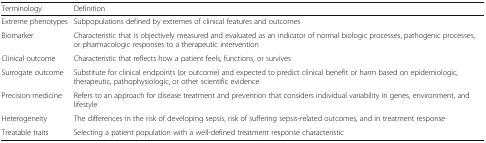
<table><thead><tr><td><b>Terminology</b></td><td><b>Definition</b></td></tr></thead><tbody><tr><td>Extreme phenotypes</td><td>Subpopulations defined by extremes of clinical features and outcomes</td></tr><tr><td>Biomarker</td><td>Characteristic that is objectively measured and evaluated as an indicator of normal biologic processes, pathogenic processes, or pharmacologic responses to a therapeutic intervention</td></tr><tr><td>Clinical outcome</td><td>Characteristic that reflects how a patient feels, functions, or survives</td></tr><tr><td>Surrogate outcome</td><td>Substitute for clinical endpoints (or outcome) and expected to predict clinical benefit or harm based on epidemiologic, therapeutic, pathophysiologic, or other scientific evidence</td></tr><tr><td>Precision medicine</td><td>Refers to an approach for disease treatment and prevention that considers individual variability in genes, environment, and lifestyle</td></tr><tr><td>Heterogeneity</td><td>The differences in the risk of developing sepsis, risk of suffering sepsis-related outcomes, and in treatment response</td></tr><tr><td>Treatable traits</td><td>Selecting a patient population with a well-defined treatment response characteristic</td></tr></tbody></table>